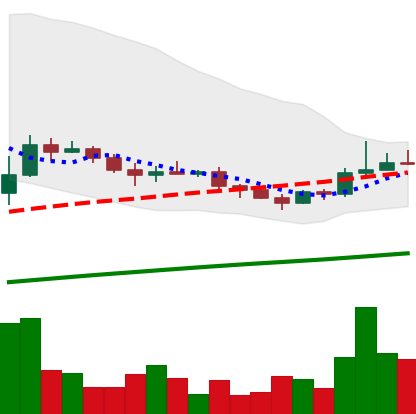
Ticker: LINK-USD
Chart end date: 2019-08-05
Forward return: -6.513%
Label: down_5_7